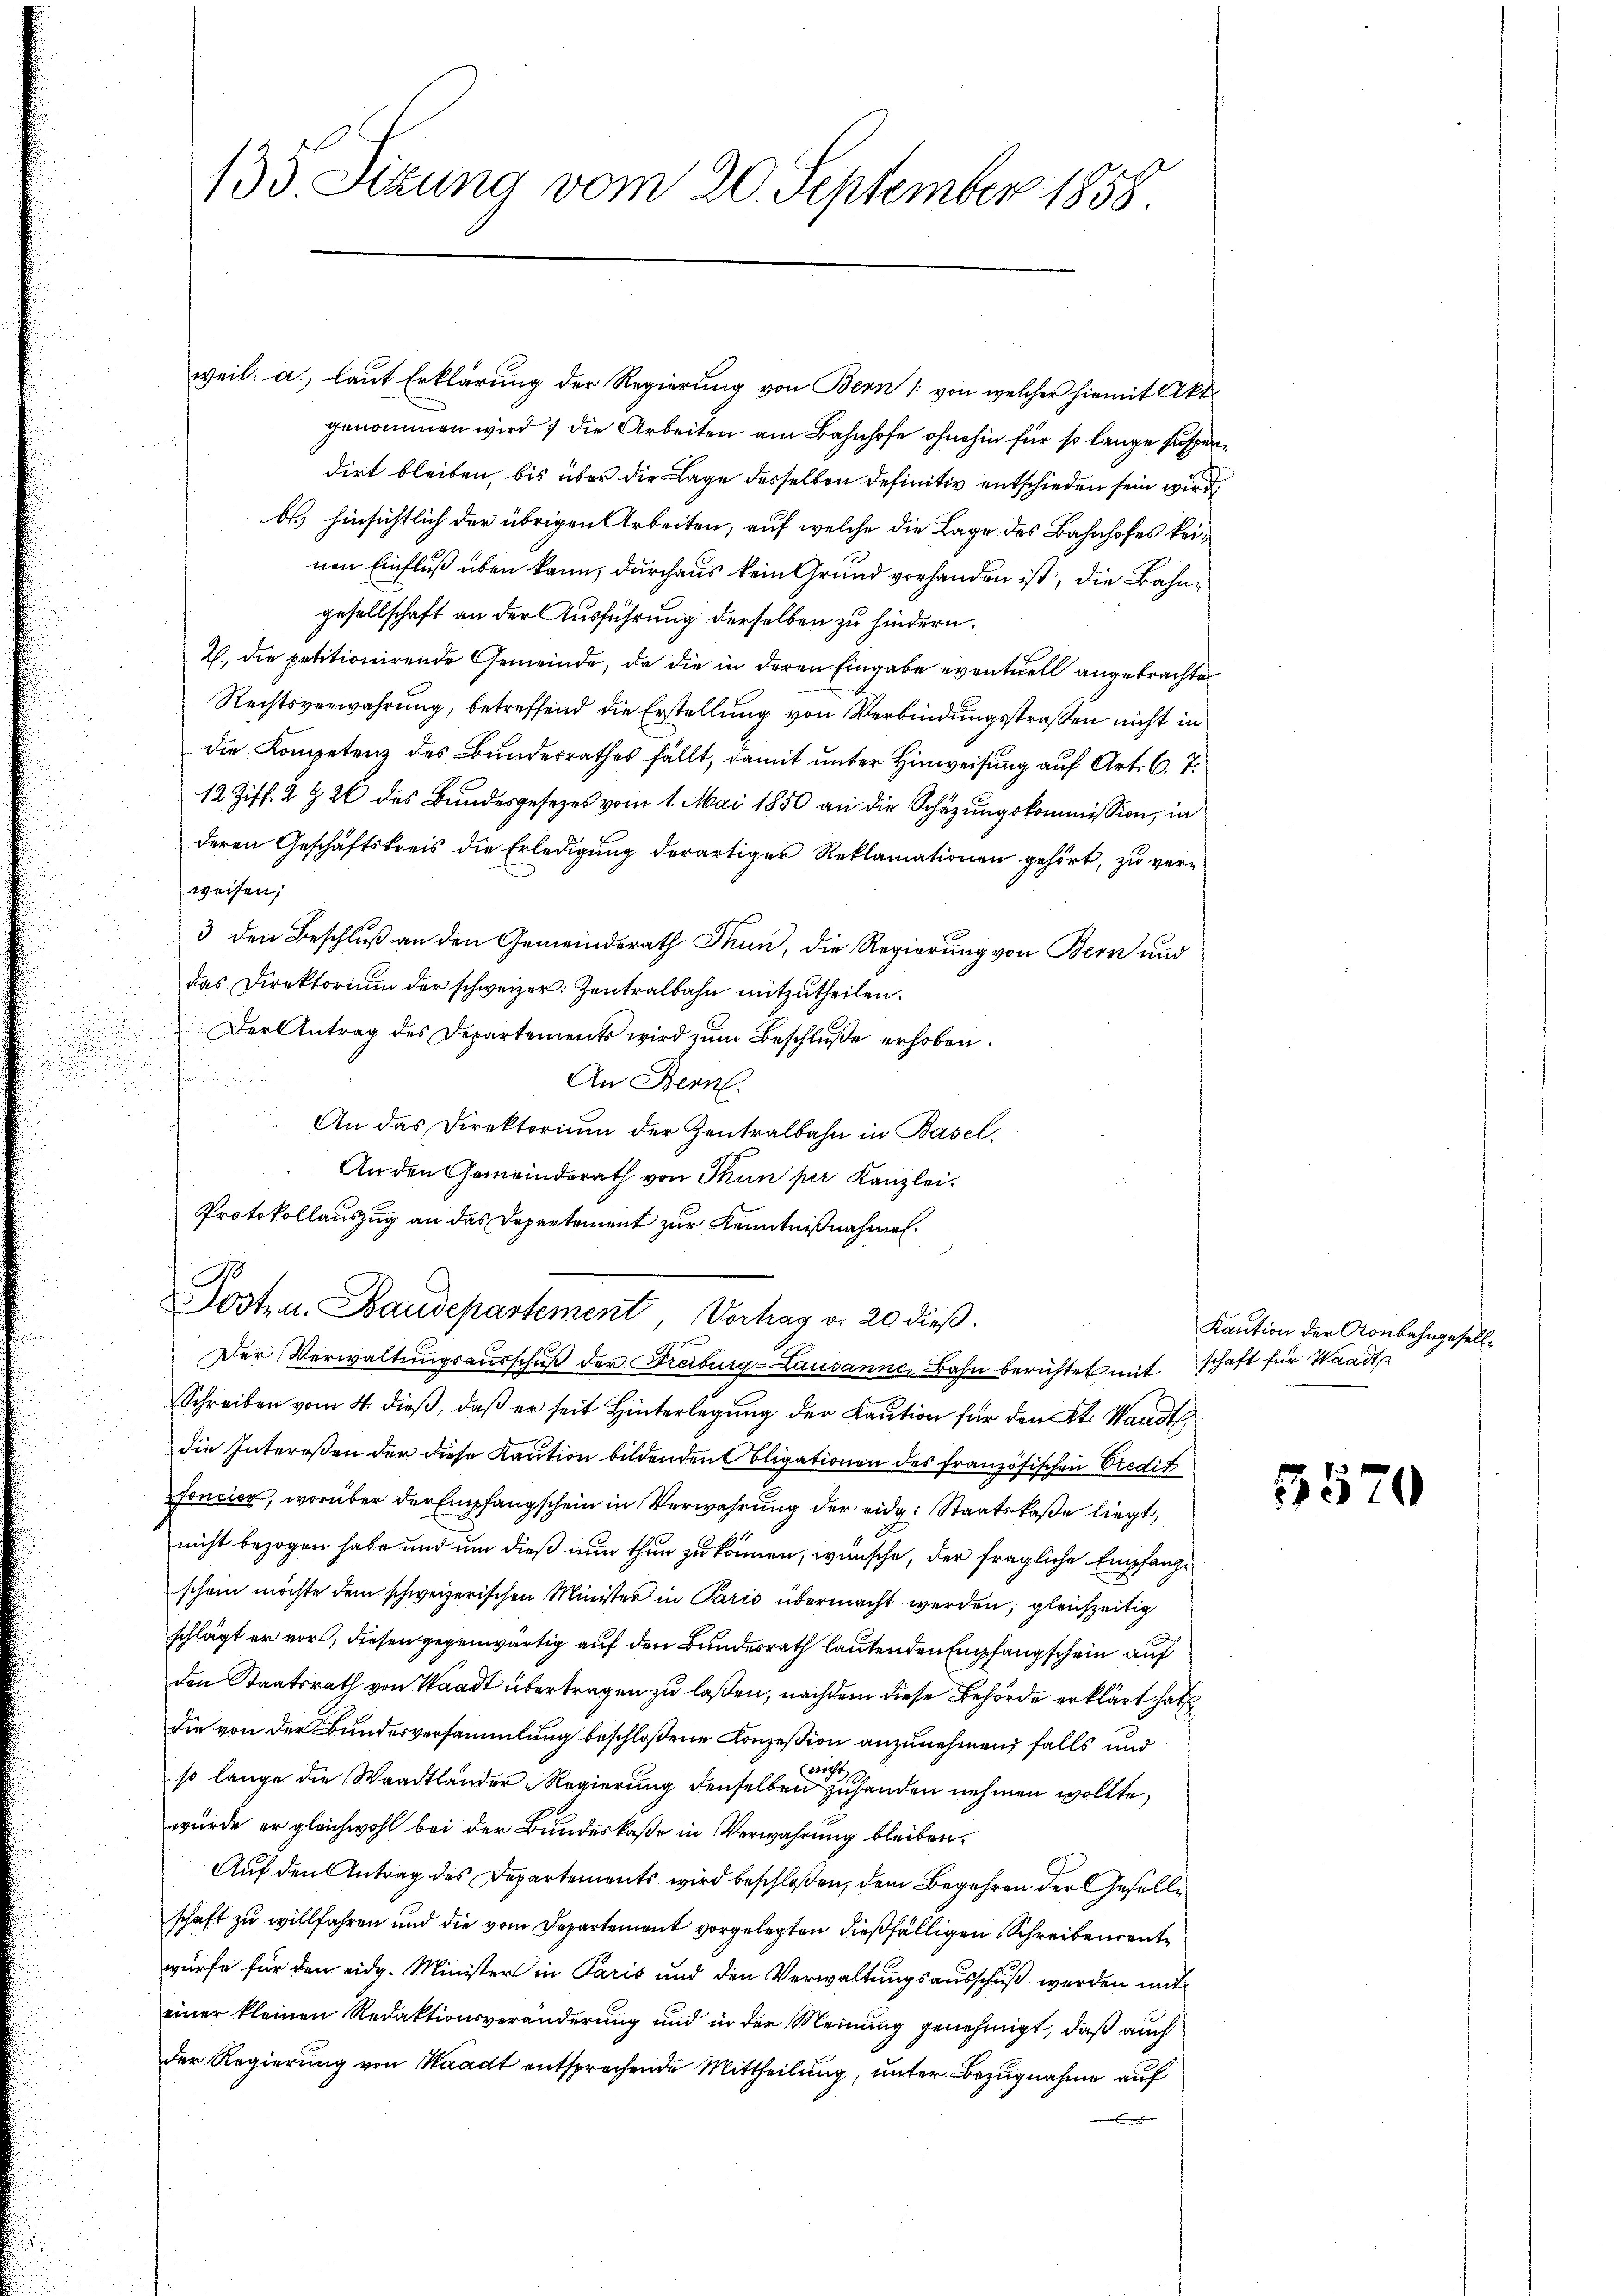
135. Sizung vom 20. September 1858.

weil: a.) laut Erklärung der Regierung von Bern (: von welcher hiemit Akt
genommen wird die Arbeiten am Bahnhofe ohnehin für so lange suspen
dirt bleiben, bis über die Lage desselben definitiv entschieden sein wird,
bs.) hinsichtlich der übrigen Arbeiten, auf welche die Lage des Bahnhofes keinen Einfluß über kann, durchaus kein Grund vorhanden ist, die Bahngesellschaft an der Ausführung derselben zu hindern.
2., die petitionirende Gemeinde, da die in deren Eingabe eventuell angebrachte
Rechtsverwahrung, betreffend die Erstellung von Verbindungsstraßen nicht in
die Kompetenz des Bundesrathes fällt, damit unter Hinweisung auf Art. 6. 7.
12 Ziff. 2 § 26 des Bundesgesetzes vom 1. Mai 1850 an die Schazungskommission, in
deren Geschäftskreis die Erledigung derartiger Reklamationen gehört, zu verweisen,
3 den Beschluß an den Gemeinderath Thun, die Regierung von Bern und
das Direktorium der schweizer Zentralbahn mitzutheilen.
Der Antrag des Departements wird zum Beschluße erhoben
An Bern.
An das Direktorium der Zentralbahn in Basel
An den Gemeinderath von Thun per Kanzlei.
Protokollauszug an das Departement zur Kenntnißnahmen.
A
Dostz u. Baudepartement, Vortrag v. 20 dieß.
Der Verwaltungsausschuß der Freiburg-Lausanne, Bahn berichtet mitschaft für Waadt
Schreiben vom 4. dieß, daß er seit Hinterlegung der Kaution für den Kt. Waadt
die Intereßen der diese Kaution bildenden Obligationen des französischen Credit
foncier, worüber der Empfangschein in Verwahrung der eidg. Staatskaße liegt,
nicht bezogen habe und um dieß nun thun zu können, wünsche, der fragliche Empfangschein möchte dem schweizerischen Minister in Paris übermacht werden; gleichzeitig
schlägt er vor, diesen gegenwärtig auf den Bundesrath lautenden Empfangschein auf
den Staatsrath von Waadt übertragen zu laßen, nachdem diese Behörde erklärt hat
die von der Bundesversammlung beschloßene Konzession anzunehmen, falls und
so lange die Waadtländer-Regierung denselben zu handen nehmen wollte,
würde er gleichwohl bei der Bundeskaße in Verwahrung bleiben.
Auf den Antrag des Departements wird beschloßen, dem Begehren der Gesellschaft zu willfahren und die vom Departement vorgelegten dießfälligen Schreibenrente
würfe für den eidg. Minister in Paris und den Verwaltungsausschuß werden mit
einer kleinen Redaktionsveränderung und in der Meinung genehmigt, daß auch
der Regierung von Waadt entsprochende Mittheilung, unter Bezugnahme auf

Kaution der Anbahngesell¬

5570